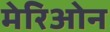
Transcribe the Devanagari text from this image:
मेरिओन